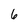
Character: 6